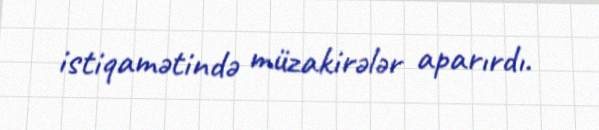
istiqamətində müzakirələr aparırdı.